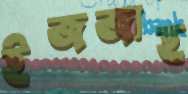
ইজজাহ